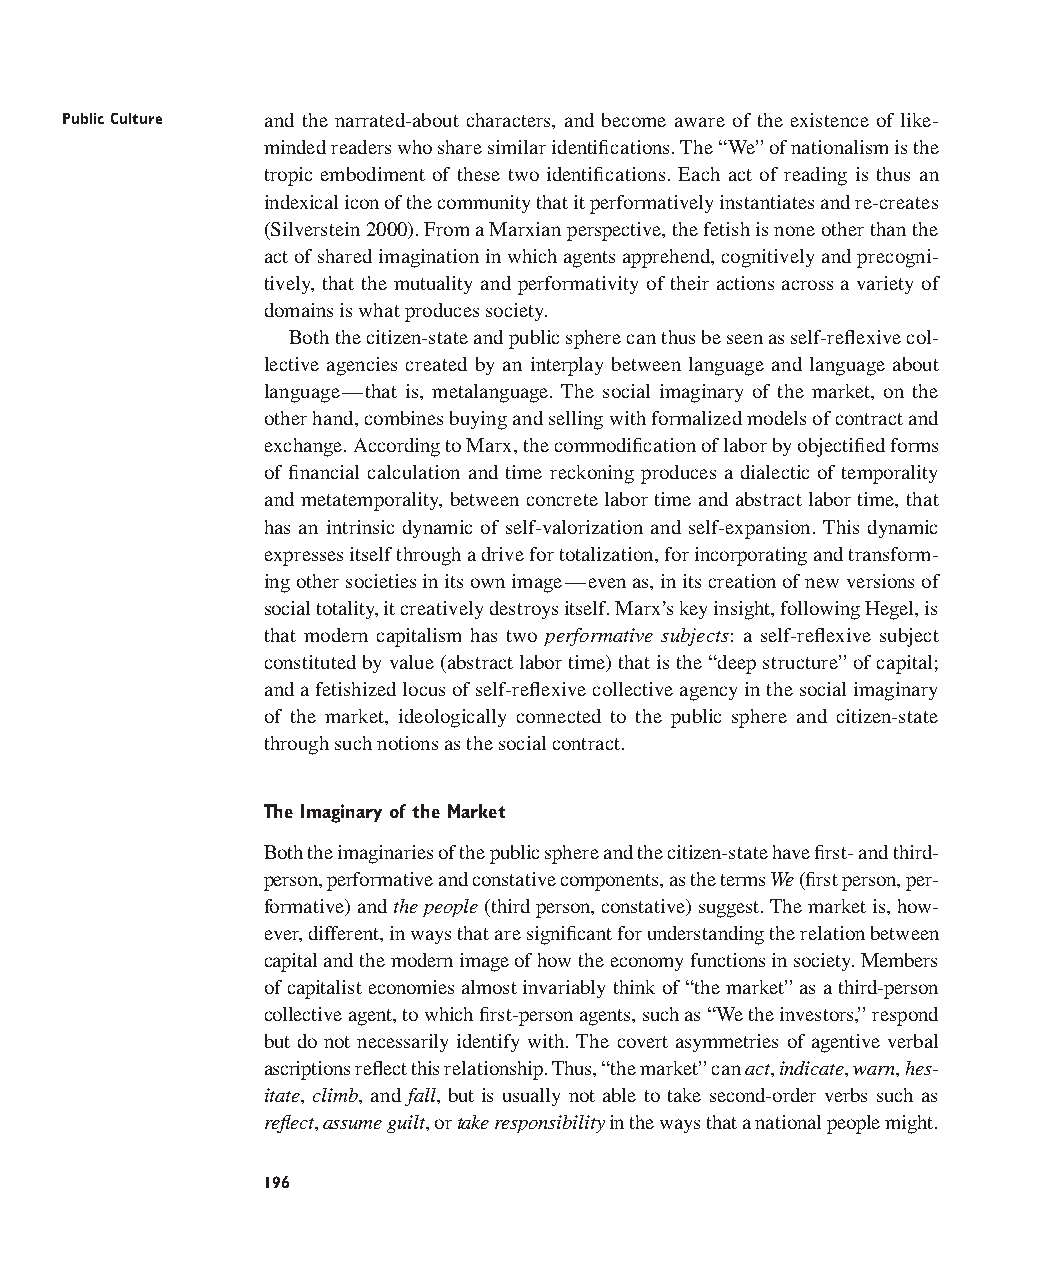
Public Culture and the narrated-about characters, and become aware of the existence of like-
 minded readers who share similar identifications. The “We” of nationalism is the
 tropic embodiment of these two identifications. Each act of reading is thus an
 indexical icon of the community that it performatively instantiates and re-creates
 (Silverstein 2000). From a Marxian perspective, the fetish is none other than the
 act of shared imagination in which agents apprehend, cognitively and precogni-
 tively, that the mutuality and performativity of their actions across a variety of
 domains is what produces society.
 Both the citizen-state and public sphere can thus be seen as self-reflexive col-
 lective agencies created by an interplay between language and language about
 language—that is, metalanguage. The social imaginary of the market, on the
 other hand, combines buying and selling with formalized models of contract and
 exchange. According to Marx, the commodification of labor by objectified forms
 of financial calculation and time reckoning produces a dialectic of temporality
 and metatemporality, between concrete labor time and abstract labor time, that
 has an intrinsic dynamic of self-valorization and self-expansion. This dynamic
 expresses itself through a drive for totalization, for incorporating and transform-
 ing other societies in its own image—even as, in its creation of new versions of
 social totality, it creatively destroys itself. Marx’s key insight, following Hegel, is
 that modern capitalism has two performative subjects: a self-reflexive subject
 constituted by value (abstract labor time) that is the “deep structure” of capital;
 and a fetishized locus of self-reflexive collective agency in the social imaginary
 of the market, ideologically connected to the public sphere and citizen-state
 through such notions as the social contract.
 The Imaginary of the Market
 Both the imaginaries of the public sphere and the citizen-state have first- and third-
 person, performative and constative components, as the terms We(first person, per-
 formative) and the people(third person, constative) suggest. The market is, how-
 ever, different, in ways that are significant for understanding the relation between
 capital and the modern image of how the economy functions in society. Members
 of capitalist economies almost invariably think of “the market” as a third-person
 collective agent, to which first-person agents, such as “We the investors,” respond
 but do not necessarily identify with. The covert asymmetries of agentive verbal
 ascriptions reflect this relationship. Thus, “the market” can act, indicate, warn, hes-
 itate, climb, and fall, but is usually not able to take second-order verbs such as
 reflect, assume guilt, or take responsibilityin the ways that a national people might.
 196